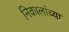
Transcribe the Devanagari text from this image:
निकालांच्या